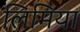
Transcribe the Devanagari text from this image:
लिमिया